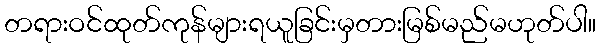
တရားဝင်ထုတ်ကုန်များရယူခြင်းမှတားမြစ်မည်မဟုတ်ပါ။